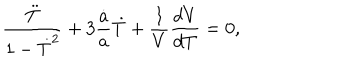
LaTeX: \frac { \ddot { T } } { 1 - \dot { T } ^ { 2 } } + 3 \frac { \dot { a } } { a } \dot { T } + \frac { 1 } { V } \frac { d V } { d T } = 0 ,